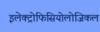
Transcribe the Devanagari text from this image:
इलेक्ट्रोफिसियोलोजिकल